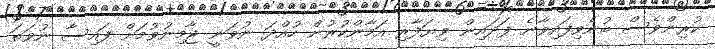
ކުރިންވެސް ބުނެވިފައިވާނެ ފަދައިން ވިޔަފާރި އަމާންކުރުން ހުއްދަ ނުވަނީ ޖާމިނުވުމަށް ފައިސާ ނުވަތަ